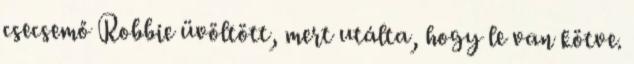
csecsemő Robbie üvöltött, mert utálta, hogy le van kötve.